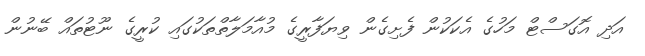
އަދި އޮގަސްޓް މަހުގެ އެކަކުން ފެށިގެން ވިޔަފާރީގެ މުއާމަލާތްތަކުގައި ކުރީގެ ނޫޓުތައް ބޭނުން